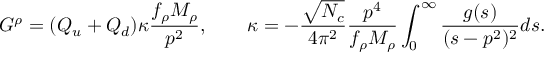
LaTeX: G ^ { \rho } = ( Q _ { u } + Q _ { d } ) \kappa \frac { f _ { \rho } M _ { \rho } } { p ^ { 2 } } , \qquad \kappa = - \frac { \sqrt { N _ { c } } } { 4 \pi ^ { 2 } } \frac { p ^ { 4 } } { f _ { \rho } M _ { \rho } } \int _ { 0 } ^ { \infty } \frac { g ( s ) } { ( s - p ^ { 2 } ) ^ { 2 } } d s .